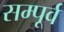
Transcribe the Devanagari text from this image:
सम्पूर्व